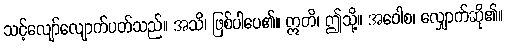
သင့်လျော်လျောက်ပတ်သည်။ အသိ၊ ဖြစ်ပါပေ၏။ ဣတိ၊ ဤသို့။ အဝေါစ၊ လျှောက်ဆို၏။